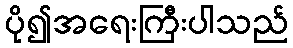
ပို၍အရေးကြီးပါသည်